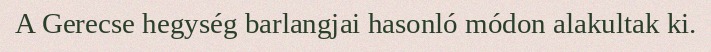
A Gerecse hegység barlangjai hasonló módon alakultak ki.